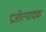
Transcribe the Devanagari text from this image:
प्रजोत्पादक